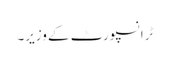
ٹرانسپورٹ کے وزیر۔